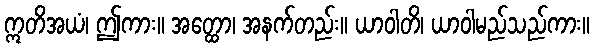
ဣတိအယံ၊ ဤကား။ အတ္ထော၊ အနက်တည်း။ ယာဝါတိ၊ ယာဝါမည်သည်ကား။